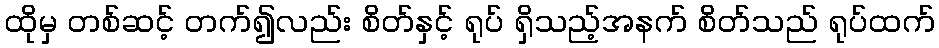
ထိုမှ တစ်ဆင့် တက်၍လည်း စိတ်နှင့် ရုပ် ရှိသည့်အနက် စိတ်သည် ရုပ်ထက်